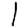
Digit: 1